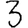
Digit: 3